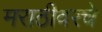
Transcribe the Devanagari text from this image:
मराठीवरचे